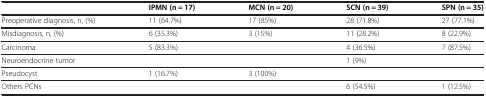
<table><thead><tr><td>[EMPTY_CELL]</td><td><b>IPMN (n = 17)</b></td><td><b>MCN (n = 20)</b></td><td><b>SCN (n = 39)</b></td><td><b>SPN (n = 35)</b></td></tr></thead><tbody><tr><td>Preoperative diagnosis, n, (%)</td><td>11 (64.7%)</td><td>17 (85%)</td><td>28 (71.8%)</td><td>27 (77.1%)</td></tr><tr><td>Misdiagnosis, n, (%)</td><td>6 (35.3%)</td><td>3 (15%)</td><td>11 (28.2%)</td><td>8 (22.9%)</td></tr><tr><td>Carcinoma</td><td>5 (83.3%)</td><td>[EMPTY_CELL]</td><td>4 (36.5%)</td><td>7 (87.5%)</td></tr><tr><td>Neuroendocrine tumor</td><td>[EMPTY_CELL]</td><td>[EMPTY_CELL]</td><td>1 (9%)</td><td>[EMPTY_CELL]</td></tr><tr><td>Pseudocyst</td><td>1 (16.7%)</td><td>3 (100%)</td><td>[EMPTY_CELL]</td><td>[EMPTY_CELL]</td></tr><tr><td>Others PCNs</td><td>[EMPTY_CELL]</td><td>[EMPTY_CELL]</td><td>6 (54.5%)</td><td>1 (12.5%)</td></tr></tbody></table>